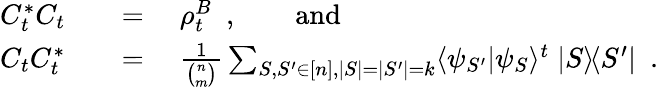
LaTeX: \begin{array}{rl}{C_{t}^{*}C_{t}\quad}&{=\quad\rho_{t}^{B}\enspace,\qquad\mathrm{and}}\\ {C_{t}C_{t}^{*}\quad}&{=\quad\frac{1}{\binom nm}\sum_{S,S^{\prime}\in[n],|S|=|S^{\prime}|=k}\langle\psi_{S^{\prime}}|\psi_{S}\rangle^{t}\; |S\rangle\! \langle S^{\prime}|\enspace.}\end{array}